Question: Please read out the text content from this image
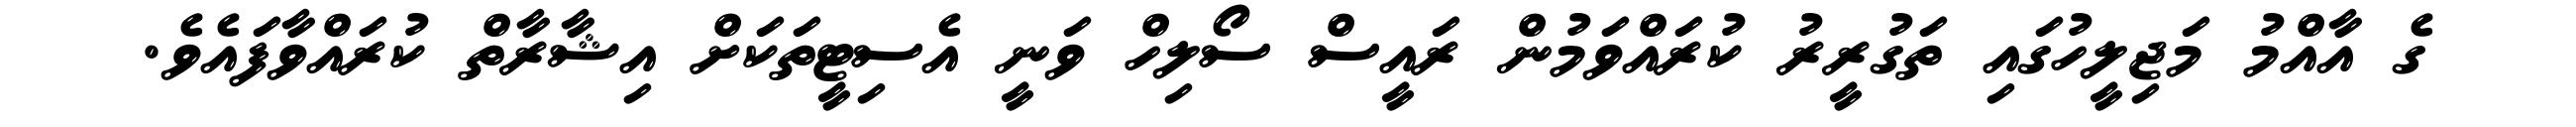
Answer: ގެ އާއްމު މަޖިލީހުގައި ތަގުރީރު ކުރައްވަމުން ރައީސް ސޯލިހް ވަނީ އެސިޓީތަކަށް އިޝާރާތް ކުރައްވާފައެވެ.